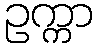
ဥက္ကာ